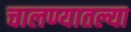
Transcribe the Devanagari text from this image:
चालण्यातल्या